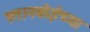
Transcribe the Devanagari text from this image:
स्तानवोईच्या